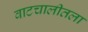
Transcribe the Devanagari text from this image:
वाटचालीतला